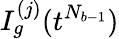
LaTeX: I_{g}^{(j)}(t^{N_{b-1}})